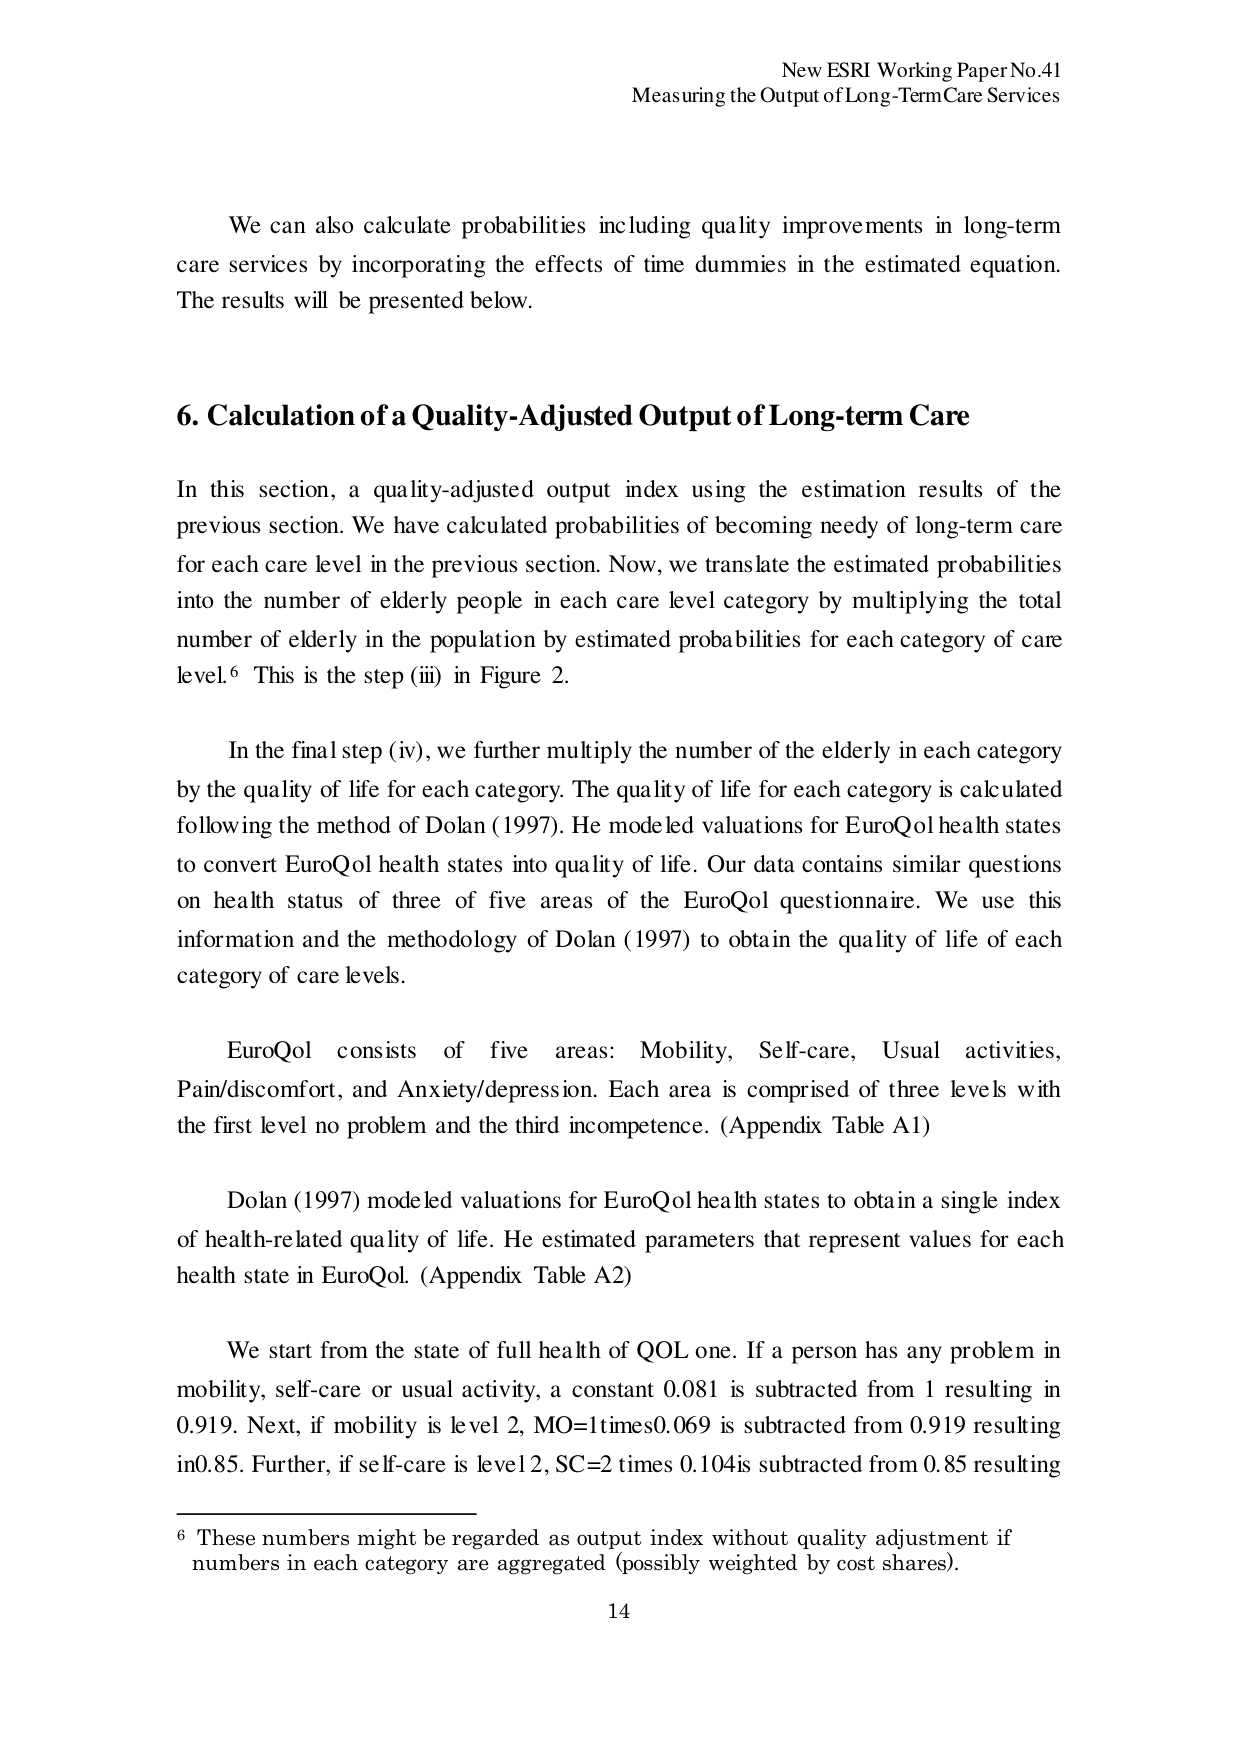
New ESRI Working Paper No.41
Measuring the Output of Long-Term Care Services

We can also calculate probabilities including quality improvements in long-term care services by incorporating the effects of time dummies in the estimated equation. The results will be presented below.

6. Calculation of a Quality-Adjusted Output of Long-term Care

In this section, a quality-adjusted output index using the estimation results of the previous section. We have calculated probabilities of becoming needy of long-term care for each care level in the previous section. Now, we translate the estimated probabilities into the number of elderly people in each care level category by multiplying the total number of elderly in the population by estimated probabilities for each category of care level.⁶ This is the step (iii) in Figure 2.

In the final step (iv), we further multiply the number of the elderly in each category by the quality of life for each category. The quality of life for each category is calculated following the method of Dolan (1997). He modeled valuations for EuroQol health states to convert EuroQol health states into quality of life. Our data contains similar questions on health status of three of five areas of the EuroQol questionnaire. We use this information and the methodology of Dolan (1997) to obtain the quality of life of each category of care levels.

EuroQol consists of five areas: Mobility, Self-care, Usual activities, Pain/discomfort, and Anxiety/depression. Each area is comprised of three levels with the first level no problem and the third incompetence. (Appendix Table A1)

Dolan (1997) modeled valuations for EuroQol health states to obtain a single index of health-related quality of life. He estimated parameters that represent values for each health state in EuroQol. (Appendix Table A2)

We start from the state of full health of QOL one. If a person has any problem in mobility, self-care or usual activity, a constant 0.081 is subtracted from 1 resulting in 0.919. Next, if mobility is level 2, MO=1 times 0.069 is subtracted from 0.919 resulting in 0.85. Further, if self-care is level 2, SC=2 times 0.104 is subtracted from 0.85 resulting

⁶ These numbers might be regarded as output index without quality adjustment if numbers in each category are aggregated (possibly weighted by cost shares).

14